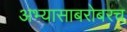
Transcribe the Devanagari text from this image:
अभ्यासाबरोबरच